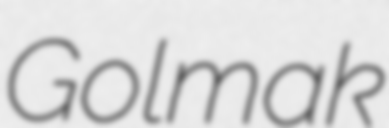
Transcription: Golmak